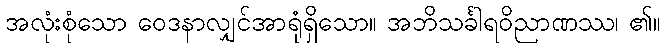
အလုံးစုံသော ဝေဒနာလျှင်အာရုံရှိသော။ အဘိသင်္ခါရဝိညာဏဿ၊ ၏။